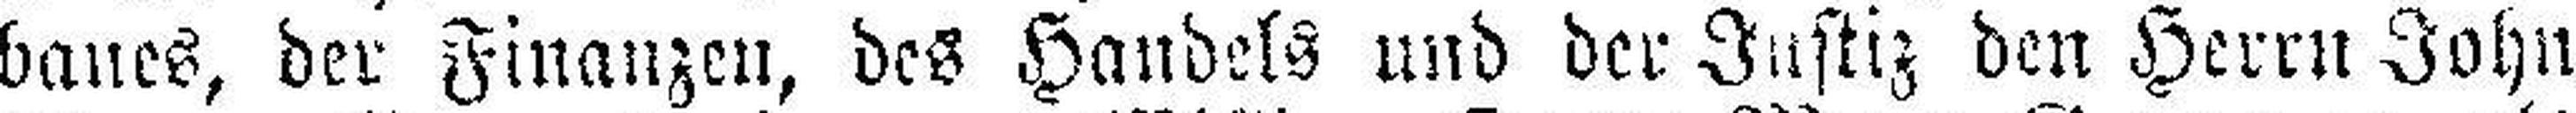
baues, der Finanzen, des Handels und der Justiz den Herrn John